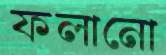
ফলানো